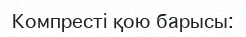
Компресті қою барысы: